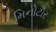
મિનોટૌર